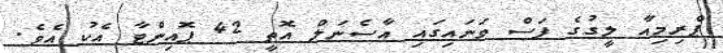
ޕްރިމިއާ ލީގުގެ ފަސް ވަނައިގައި އާސެނަލް އޮތީ 42 ޕޮއިންޓާ އެކު އެވެ.